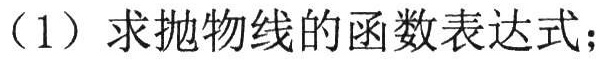
（1）求抛物线的函数表达式；